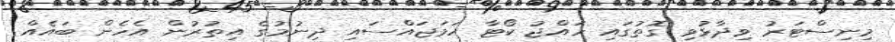
މިނިސްޓަރު ވިދާޅުވި ގޮތުގައި ހައްޖު ކޯޓާ ހަމަޖައްސައި ދިނުމުގެ އިތުރުން އެހެން ބައެއް